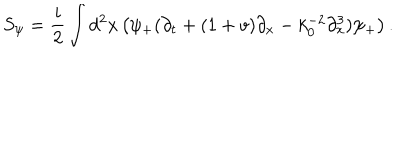
LaTeX: S _ { \psi } = \frac { i } { 2 } \int d ^ { 2 } x \left( \psi _ { + } ( \partial _ { t } + ( 1 + v ) \partial _ { x } - k _ { 0 } ^ { - 2 } \partial _ { x } ^ { 3 } ) \psi _ { + } \right) .